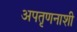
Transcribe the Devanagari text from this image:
अपतृणनाशी